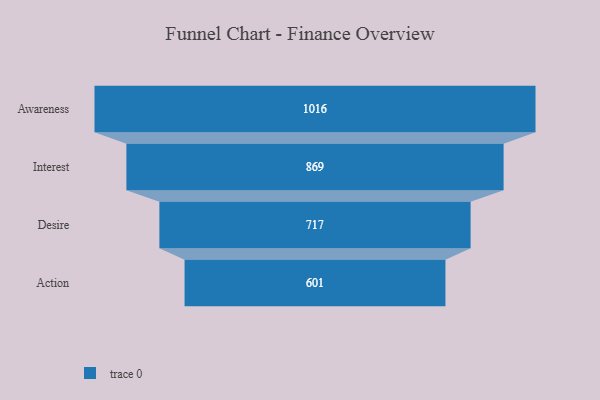
{"axis": {"x": "Stage", "y": "Value"}, "legend": [""], "data": [{"x": "Awareness", "y": 1016.0, "type": ""}, {"x": "Interest", "y": 869.0, "type": ""}, {"x": "Desire", "y": 717.0, "type": ""}, {"x": "Action", "y": 601.0, "type": ""}]}